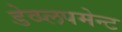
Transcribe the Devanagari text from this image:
डेव्प्लपमेन्ट